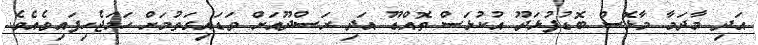
އަދި މާދަމާ މާޅޮސް ބޮޑުފުޅަދޫ އުކުޅަސް ތޮއްޑޫ އަދި ރަސްދޫއަށް ވަޑައިގަތުމަށް ހަމަޖެހިފައިވެއެވެ.